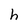
Character: h